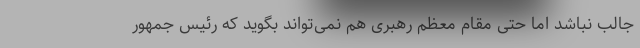
جالب نباشد اما حتی مقام معظم رهبری هم نمی‌تواند بگوید که رئیس جمهور